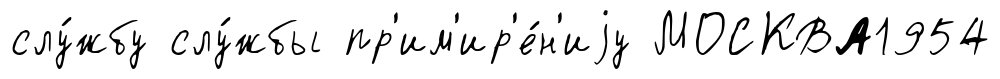
слу́жбу слу́жбы пр'им'ир'е́н'иjу МОСКВА1954